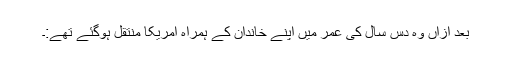
بعد ازاں وہ دس سال کی عمر میں اپنے خاندان کے ہمراہ امریکا منتقل ہوگئے تھے:۔